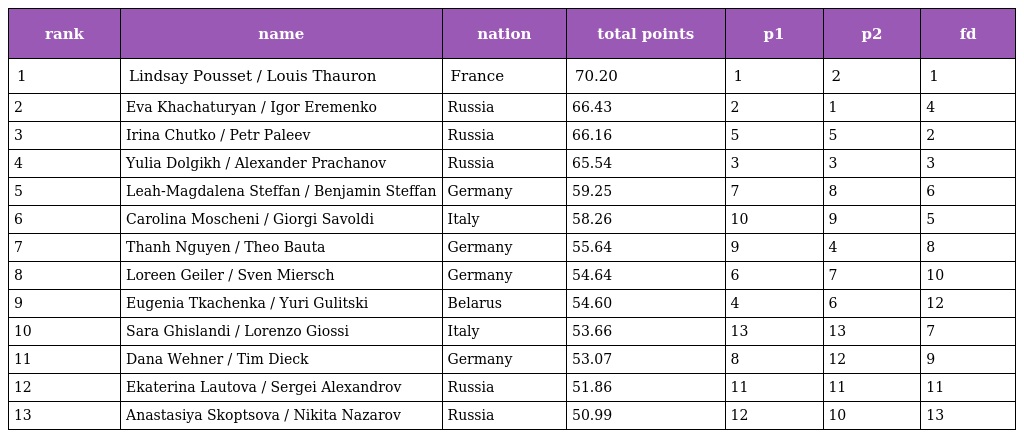
| rank | name | nation | total points | p1 | p2 | fd |
 | --- | --- | --- | --- | --- | --- | --- |
 | 1 | Lindsay Pousset / Louis Thauron | France | 70.20 | 1 | 2 | 1 |
 | 2 | Eva Khachaturyan / Igor Eremenko | Russia | 66.43 | 2 | 1 | 4 |
 | 3 | Irina Chutko / Petr Paleev | Russia | 66.16 | 5 | 5 | 2 |
 | 4 | Yulia Dolgikh / Alexander Prachanov | Russia | 65.54 | 3 | 3 | 3 |
 | 5 | Leah-Magdalena Steffan / Benjamin Steffan | Germany | 59.25 | 7 | 8 | 6 |
 | 6 | Carolina Moscheni / Giorgi Savoldi | Italy | 58.26 | 10 | 9 | 5 |
 | 7 | Thanh Nguyen / Theo Bauta | Germany | 55.64 | 9 | 4 | 8 |
 | 8 | Loreen Geiler / Sven Miersch | Germany | 54.64 | 6 | 7 | 10 |
 | 9 | Eugenia Tkachenka / Yuri Gulitski | Belarus | 54.60 | 4 | 6 | 12 |
 | 10 | Sara Ghislandi / Lorenzo Giossi | Italy | 53.66 | 13 | 13 | 7 |
 | 11 | Dana Wehner / Tim Dieck | Germany | 53.07 | 8 | 12 | 9 |
 | 12 | Ekaterina Lautova / Sergei Alexandrov | Russia | 51.86 | 11 | 11 | 11 |
 | 13 | Anastasiya Skoptsova / Nikita Nazarov | Russia | 50.99 | 12 | 10 | 13 |